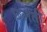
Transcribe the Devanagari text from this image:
छलती